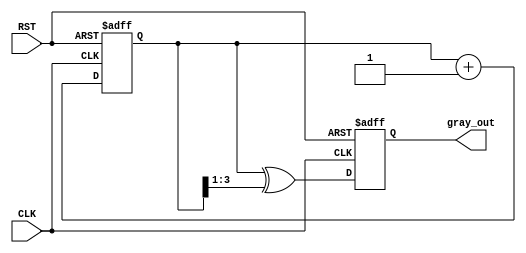
module gray_code_counter #(parameter N = 4) (
    input wire CLK,
    input wire RST,
    output reg [N-1:0] gray_out
);

    // Internal binary counter
    reg [N-1:0] binary_count;

    // Function to convert binary to Gray code
    function [N-1:0] binary_to_gray;
        input [N-1:0] binary;
        begin
            binary_to_gray = binary ^ (binary >> 1);
        end
    endfunction

    // Asynchronous reset and counter increment
    always @(posedge CLK or posedge RST) begin
        if (RST) begin
            // Reset the binary counter and Gray code output
            binary_count <= 0;
            gray_out <= binary_to_gray(0); // Reset to Gray code 0
        end else begin
            // Increment binary counter
            binary_count <= binary_count + 1;
            // Convert binary to Gray code
            gray_out <= binary_to_gray(binary_count);
        end
    end

endmodule